Indian journal of veterinary science and animal husbandry - Volume 3,
Year: 1933
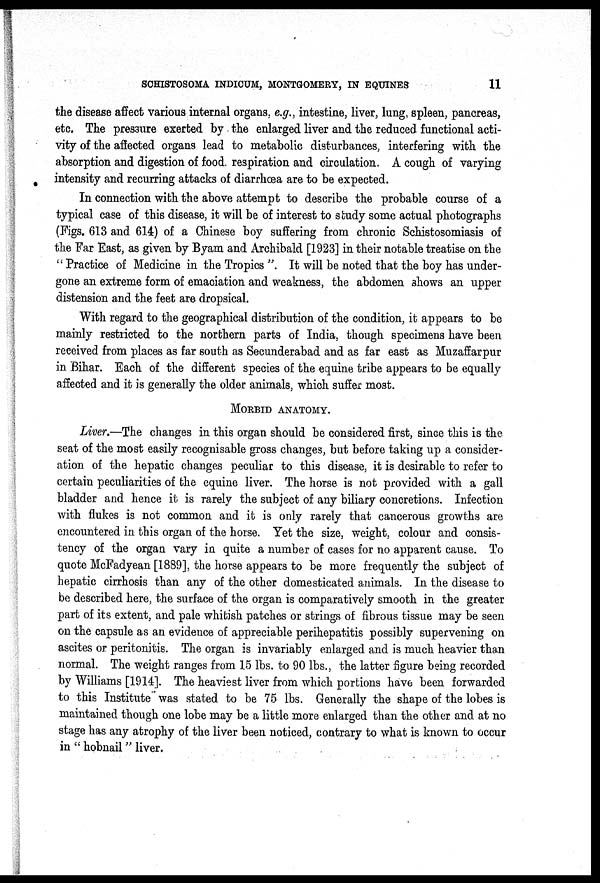
SCHISTOSOMA INDICUM, MONTGOMERY, IN EQUINES
11
the disease affect various internal organs, e.g., intestine, liver, lung, spleen, pancreas,
etc. The pressure exerted by the enlarged liver and the reduced functional acti-
vity of the affected organs lead to metabolic disturbances; interfering with the
absorption and digestion of food respiration and circulation. A cough of varying
intensity and recurring attacks of diarrhœa are to be expected.
In connection with the above attempt to describe the probable course of a
typical case of this disease, it will be of interest to study some actual photographs
(Figs. 613 and 614) of a Chinese boy suffering from chronic Schistosomiasis of
the Far East, as given by Byam and Archibald [1923] in their notable treatise on the
" Practice of Medicine in the Tropics ". It will be noted that the boy has under-
gone an extreme form of emaciation and weakness, the abdomen shows an upper
distension and the feet are dropsical.
With regard to the geographical distribution of the condition, it appears to be
mainly restricted to the northern parts of India, though specimens have been
received from places as far south as Secunderabad and as far east as Muzaffarpur
in Bihar. Each of the different species of the equine tribe appears to be equally
affected and it is generally the older animals, which suffer most.
MORBID ANATOMY.
Liver.—The changes in this organ should be considered first, since this is the
seat of the most easily recognisable gross changes, but before taking up a consider-
ation of the hepatic changes peculiar to this disease, it is desirable to refer to
certain peculiarities of the equine liver. The horse is not provided with a gall
bladder and hence it is rarely the subject of any biliary concretions. Infection
with flukes is not common and it is only rarely that cancerous growths are
encountered in this organ of the horse. Yet the size, weight, colour and consis-
tency of the organ vary in quite a number of cases for no apparent cause. To
quote McFadyean [1889], the horse appears to be more frequently the subject of
hepatic cirrhosis than any of the other domesticated animals. In the disease to
be described here, the surface of the organ is comparatively smooth in the greater
part of its extent, and pale whitish patches or strings of fibrous tissue may be seen
on the capsule as an evidence of appreciable perihepatitis possibly supervening on
ascites or peritonitis. The organ is invariably enlarged and is much heavier than
normal. The weight ranges from 15 lbs. to 90 lbs., the latter figure being recorded
by Williams [1914]. The heaviest liver from which portions have been forwarded
to this Institute was stated to be 75 lbs. Generally the shape of the lobes is
maintained though one lobe may be a little more enlarged than the other and at no
stage has any atrophy of the liver been noticed, contrary to what is known to occur
in " hobnail" liver.